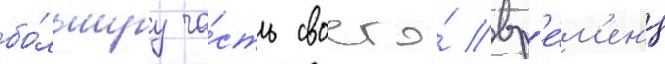
бо́льшуу ча́сть своего́ вр'е́м'ен'и